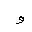
Letter: _waw